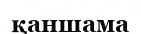
қаншама